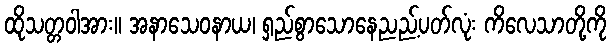
ထိုသတ္တဝါအား။ အနာသေဝနာယ၊ ရှည်စွာသောနေညည့်ပတ်လုံး ကိလေသာတို့ကို